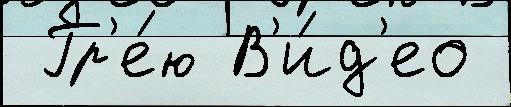
 Гр'е́ю В'и́д'ео